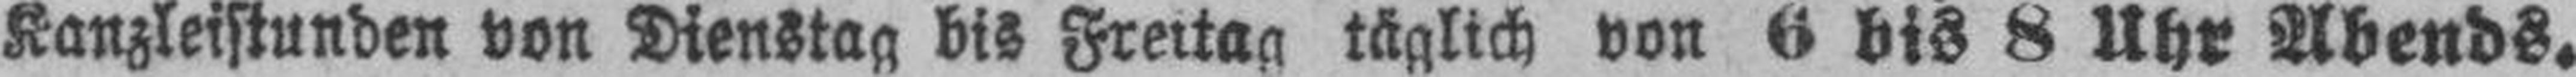
Kanzleistunden von Dienstag bis Freitag täglich von 6 bis 8 Uhr Abends.